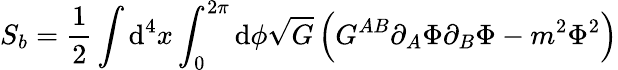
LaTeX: S_{b}=\frac{1}{2}\int\mathrm{d}^{4}x\int_{0}^{2\pi}\mathrm{d}\phi\sqrt{G}\left(G^{AB}\partial_{A}\Phi\partial_{B}\Phi-m^{2}\Phi^{2}\right)